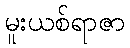
မူးယစ်ရာဇာ